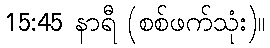
15:45 နာရီ (စစ်ဖက်သုံး)။